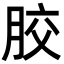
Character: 胶